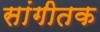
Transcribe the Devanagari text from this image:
सांगीतक